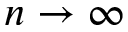
n \to \infty